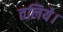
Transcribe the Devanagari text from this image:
तलिये।